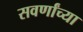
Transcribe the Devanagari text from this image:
सवर्णांच्या